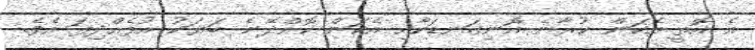
އެ އޮތީ އެކަން ކުރާނެ އޮނިގަނޑަކާއި އެކަން ކޮށްދޭނެ ބަޔަކު އުފެއްދިފަ އެވެ.